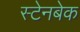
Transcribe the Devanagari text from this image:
स्टेनबेक